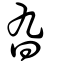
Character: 旮